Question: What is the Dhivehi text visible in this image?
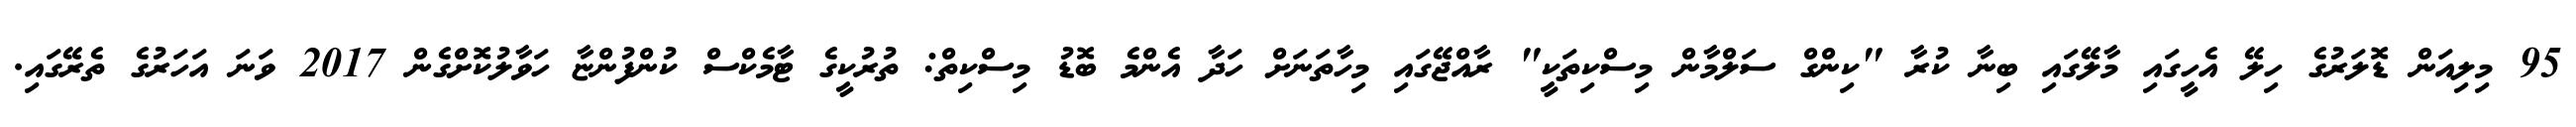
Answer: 95 މިލިއަން ޑޮލަރުގެ ހިލޭ އެހީގައި މާލޭގައި ބިނާ ކުރާ "ކިންގް ސަލްމާން މިސްކިތަކީ" ރާއްޖޭގައި މިހާތަނަށް ހަދާ އެންމެ ބޮޑު މިސްކިތް: ތުރުކީގެ ޓާމެކްސް ކުންފުންޏާ ހަވާލުކޮށްގެން 2017 ވަނަ އަހަރުގެ ތެރޭގައި.